Indian journal of veterinary science and animal husbandry - Volumes 26-27, 1956-1957
Year: 1956
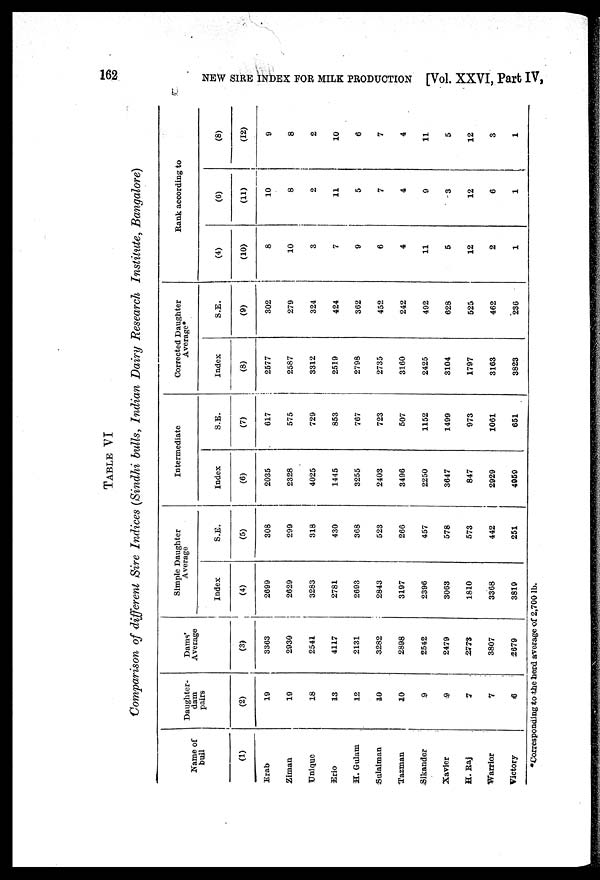
162 NEW SIRE INDEX FOR MILK PRODUCTION [Vol. XXVI, Part IV,
TABLE VI
Comparison of different Sire Indices (Sindhi bulls, Indian Dairy Research Institute, Bangalore)
Name of
bull
(1)
Erab
Ziman
Unique
Erio
H. Gulam
Sulaiman
Tazman
Sikander
Xavier
H. Raj
Warrior
Victory
Daughter-
dam
pairs
(2)
19
19
18
13
12
10
10
9
9
7
7
6
Dams'
Average
(3)
3363
2930
2541
4117
2131
3282
2898
2542
2479
2773
3807
2679
Simple Daughter
Average
Index
(4)
2699
2629
3283
2781
2693
2843
3197
2396
3063
1810
3368
3819
S.E.
(5)
308
299
318
430
368
523
266
457
578
573
442
251
Intermediate
Index
(6)
2035
2328
4025
1445
3255
2403
3496
2250
3647
847
2929
4959
S.E.
(7)
617
575
729
853
767
723
507
1152
1499
973
1061
651
Corrected Daughter
Average*
Index
(8)
2577
2587
3312
2519
2798
2735
3160
2425
3104
1797
3163
3823
S.E.
(9)
302
279
324
424
362
452
242
492
628
525
462
236
Rank according to
(4)
(10)
8
10
3
7
9
6
4
11
5
12
2
1
(6)
(11)
10
8
2
11
5
7
4
9
3
12
6
1
(8)
(12)
9
8
2
10
6
7
4
11
5
12
3
1
*Corresponding to the herd average of 2,700 lb.